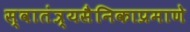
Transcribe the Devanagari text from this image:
स्वातंत्र्यसैनिकाप्रमाणे